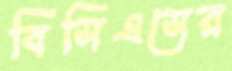
বিসিএসের